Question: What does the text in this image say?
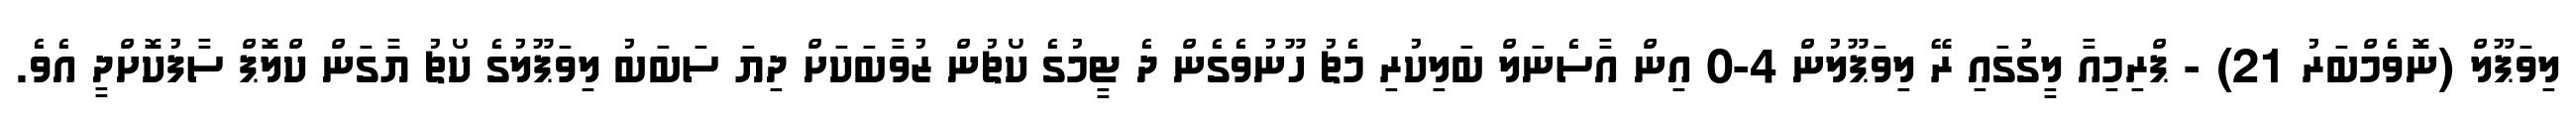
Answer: ލިވަޕޫލް (ނޮވެމްބަރު 21) - ޕްރިމިއާ ލީގުގައި ރޭ ލިވަޕޫލުން 4-0 އިން އާސެނަލް ބަލިކުރި މެޗު ހޫނުވެގެން ދެ ޓީމުގެ ކޯޗުން ޒުވާބަކަށް ދިޔަ ސަބަބު ލިވަޕޫލުގެ ކޯޗު ޔާގަން ކްލޮޕް ސާފުކޮށްދީ އެވެ.